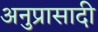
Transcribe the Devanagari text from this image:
अनुप्रासादी